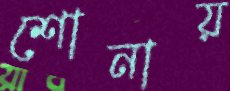
শোনায়